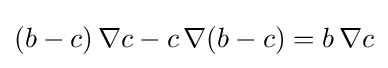
(b-c)\,\nabla c-c\,\nabla (b-c)=b\,\nabla c